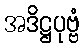
အဒိဋ္ဌပုဗ္ဗံ